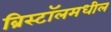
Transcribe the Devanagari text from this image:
ब्रिस्टॉलमधील